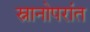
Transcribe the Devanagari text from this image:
स्नानोपरांत